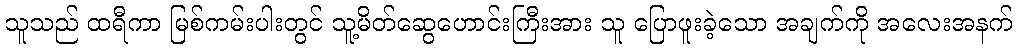
သူသည် ထရီကာ မြစ်ကမ်းပါးတွင် သူ့မိတ်ဆွေဟောင်းကြီးအား သူ ပြောဖူးခဲ့သော အချက်ကို အလေးအနက်